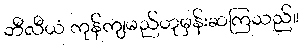
ဘီလီယံ ကုန်ကျမည်ဟုမှန်းဆကြသည်။